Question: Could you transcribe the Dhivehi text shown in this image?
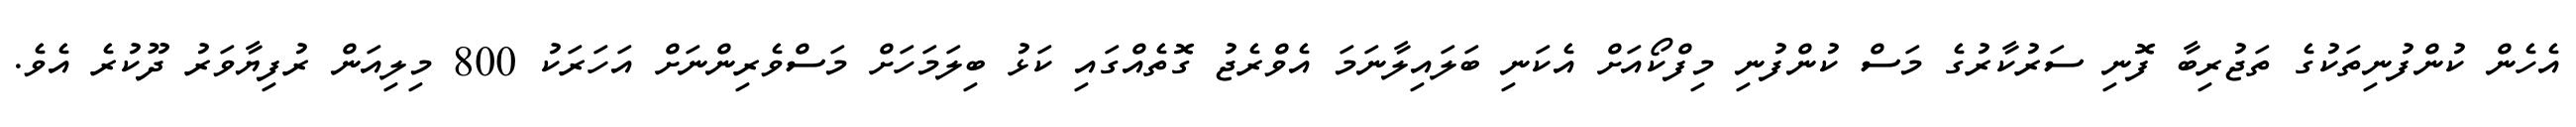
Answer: އެހެން ކުންފުނިތަކުގެ ތަޖުރިބާ ފޮނި ސަރުކާރުގެ މަސް ކުންފުނި މިފްކޯއަށް އެކަނި ބަލައިލާނަމަ އެވްރެޖު ގޮތެއްގައި ކަޅު ބިލަމަހަށް މަސްވެރިންނަށް އަހަރަކު 800 މިލިއަން ރުފިޔާވަރު ދޫކުރެ އެވެ.